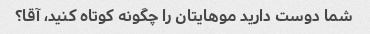
شما دوست دارید موهایتان را چگونه کوتاه کنید، آقا؟